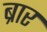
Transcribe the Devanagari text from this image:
ब्रार